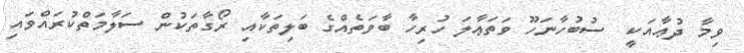
ވިމާ ދުޢާއަކީ  ސުބުހާނަހޫ ވަތަޢާލަ ހުރިހާ ބާވަތެއްގެ ބަލިތަކާއި ރޯގާތަކުން ސަލާމަތްކުރައްވައި